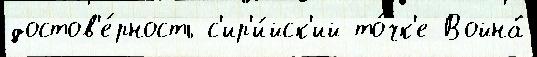
достов'е́рность с'ир'и́йск'ий то́чк'е Война́